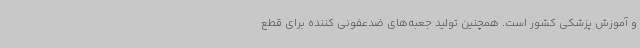
و آموزش پزشکی کشور است. همچنین تولید جعبه‌های ضدعفونی کننده برای قطع